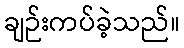
ချဉ်းကပ်ခဲ့သည်။